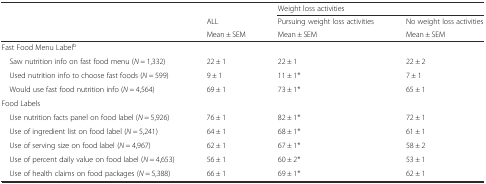
<table><thead><tr><td>[EMPTY_CELL]</td><td>[EMPTY_CELL]</td><td colspan="2"><b>Weight loss activities</b></td></tr><tr><td>[EMPTY_CELL]</td><td><b>ALL</b></td><td><b>Pursuing weight loss activities</b></td><td><b>No weight loss activities</b></td></tr><tr><td>[EMPTY_CELL]</td><td><b>Mean ± SEM</b></td><td><b>Mean ± SEM</b></td><td><b>Mean ± SEM</b></td></tr></thead><tbody><tr><td colspan="4">Fast Food Menu Label<sup>b</sup></td></tr><tr><td> Saw nutrition info on fast food menu (<i>N</i> = 1,332)</td><td>22 ± 1</td><td>22 ± 1</td><td>22 ± 2</td></tr><tr><td> Used nutrition info to choose fast foods (<i>N</i> = 599)</td><td>9 ± 1</td><td>11 ± 1*</td><td>7 ± 1</td></tr><tr><td> Would use fast food nutrition info (<i>N</i> = 4,564)</td><td>69 ± 1</td><td>73 ± 1*</td><td>65 ± 1</td></tr><tr><td colspan="4">Food Labels</td></tr><tr><td> Use nutrition facts panel on food label (<i>N</i> = 5,926)</td><td>76 ± 1</td><td>82 ± 1*</td><td>72 ± 1</td></tr><tr><td> Use of ingredient list on food label (<i>N</i> = 5,241)</td><td>64 ± 1</td><td>68 ± 1*</td><td>61 ± 1</td></tr><tr><td> Use of serving size on food label (<i>N</i> = 4,967)</td><td>62 ± 1</td><td>67 ± 1*</td><td>58 ± 2</td></tr><tr><td> Use of percent daily value on food label (<i>N</i> = 4,653)</td><td>56 ± 1</td><td>60 ± 2*</td><td>53 ± 1</td></tr><tr><td> Use of health claims on food packages (<i>N</i> = 5,388)</td><td>66 ± 1</td><td>69 ± 1*</td><td>62 ± 1</td></tr></tbody></table>